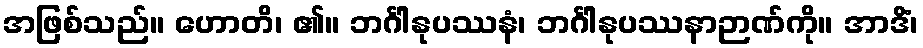
အဖြစ်သည်။ ဟောတိ၊ ၏။ ဘင်္ဂါနုပဿနံ၊ ဘင်္ဂါနုပဿနာဉာဏ်ကို။ အာဒိံ၊